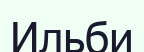
Ильби